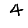
Digit: 4